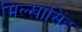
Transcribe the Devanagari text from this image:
मिल्खासिंह